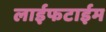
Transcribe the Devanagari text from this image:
लाईफटाईम